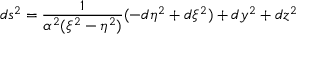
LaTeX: d s ^ { 2 } = \frac { 1 } { \alpha ^ { 2 } ( \xi ^ { 2 } - \eta ^ { 2 } ) } ( - d \eta ^ { 2 } + d \xi ^ { 2 } ) + d y ^ { 2 } + d z ^ { 2 }